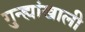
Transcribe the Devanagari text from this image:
गुन्ह्यांखाली